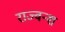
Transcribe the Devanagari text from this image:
राज्वन्श